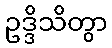
ဥဒ္ဒိသိတွာ